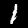
Digit: 1